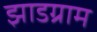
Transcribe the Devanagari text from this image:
झाडग्राम